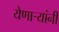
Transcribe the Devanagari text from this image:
येणाऱ्यांनी